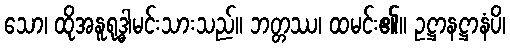
သော၊ ထိုအနူရုဒ္ဓါမင်းသားသည်။ ဘတ္တဿ၊ ထမင်း၏။ ဥဋ္ဌာနဋ္ဌာနံပိ၊